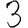
Digit: 3